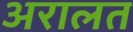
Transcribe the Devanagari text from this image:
अरालत